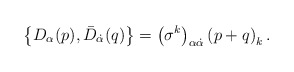
\begin{align*}\left\{ D_\alpha (p) , \bar{D}_{\dot{\alpha}} (q) \right\} = \left ( \sigma^k \right)_{\alpha\dot{\alpha}} \left( p+q \right)_k .\end{align*}